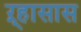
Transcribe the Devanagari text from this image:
ऱ्हासास